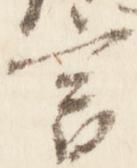
言